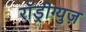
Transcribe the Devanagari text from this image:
राॅड्रीग्युज़